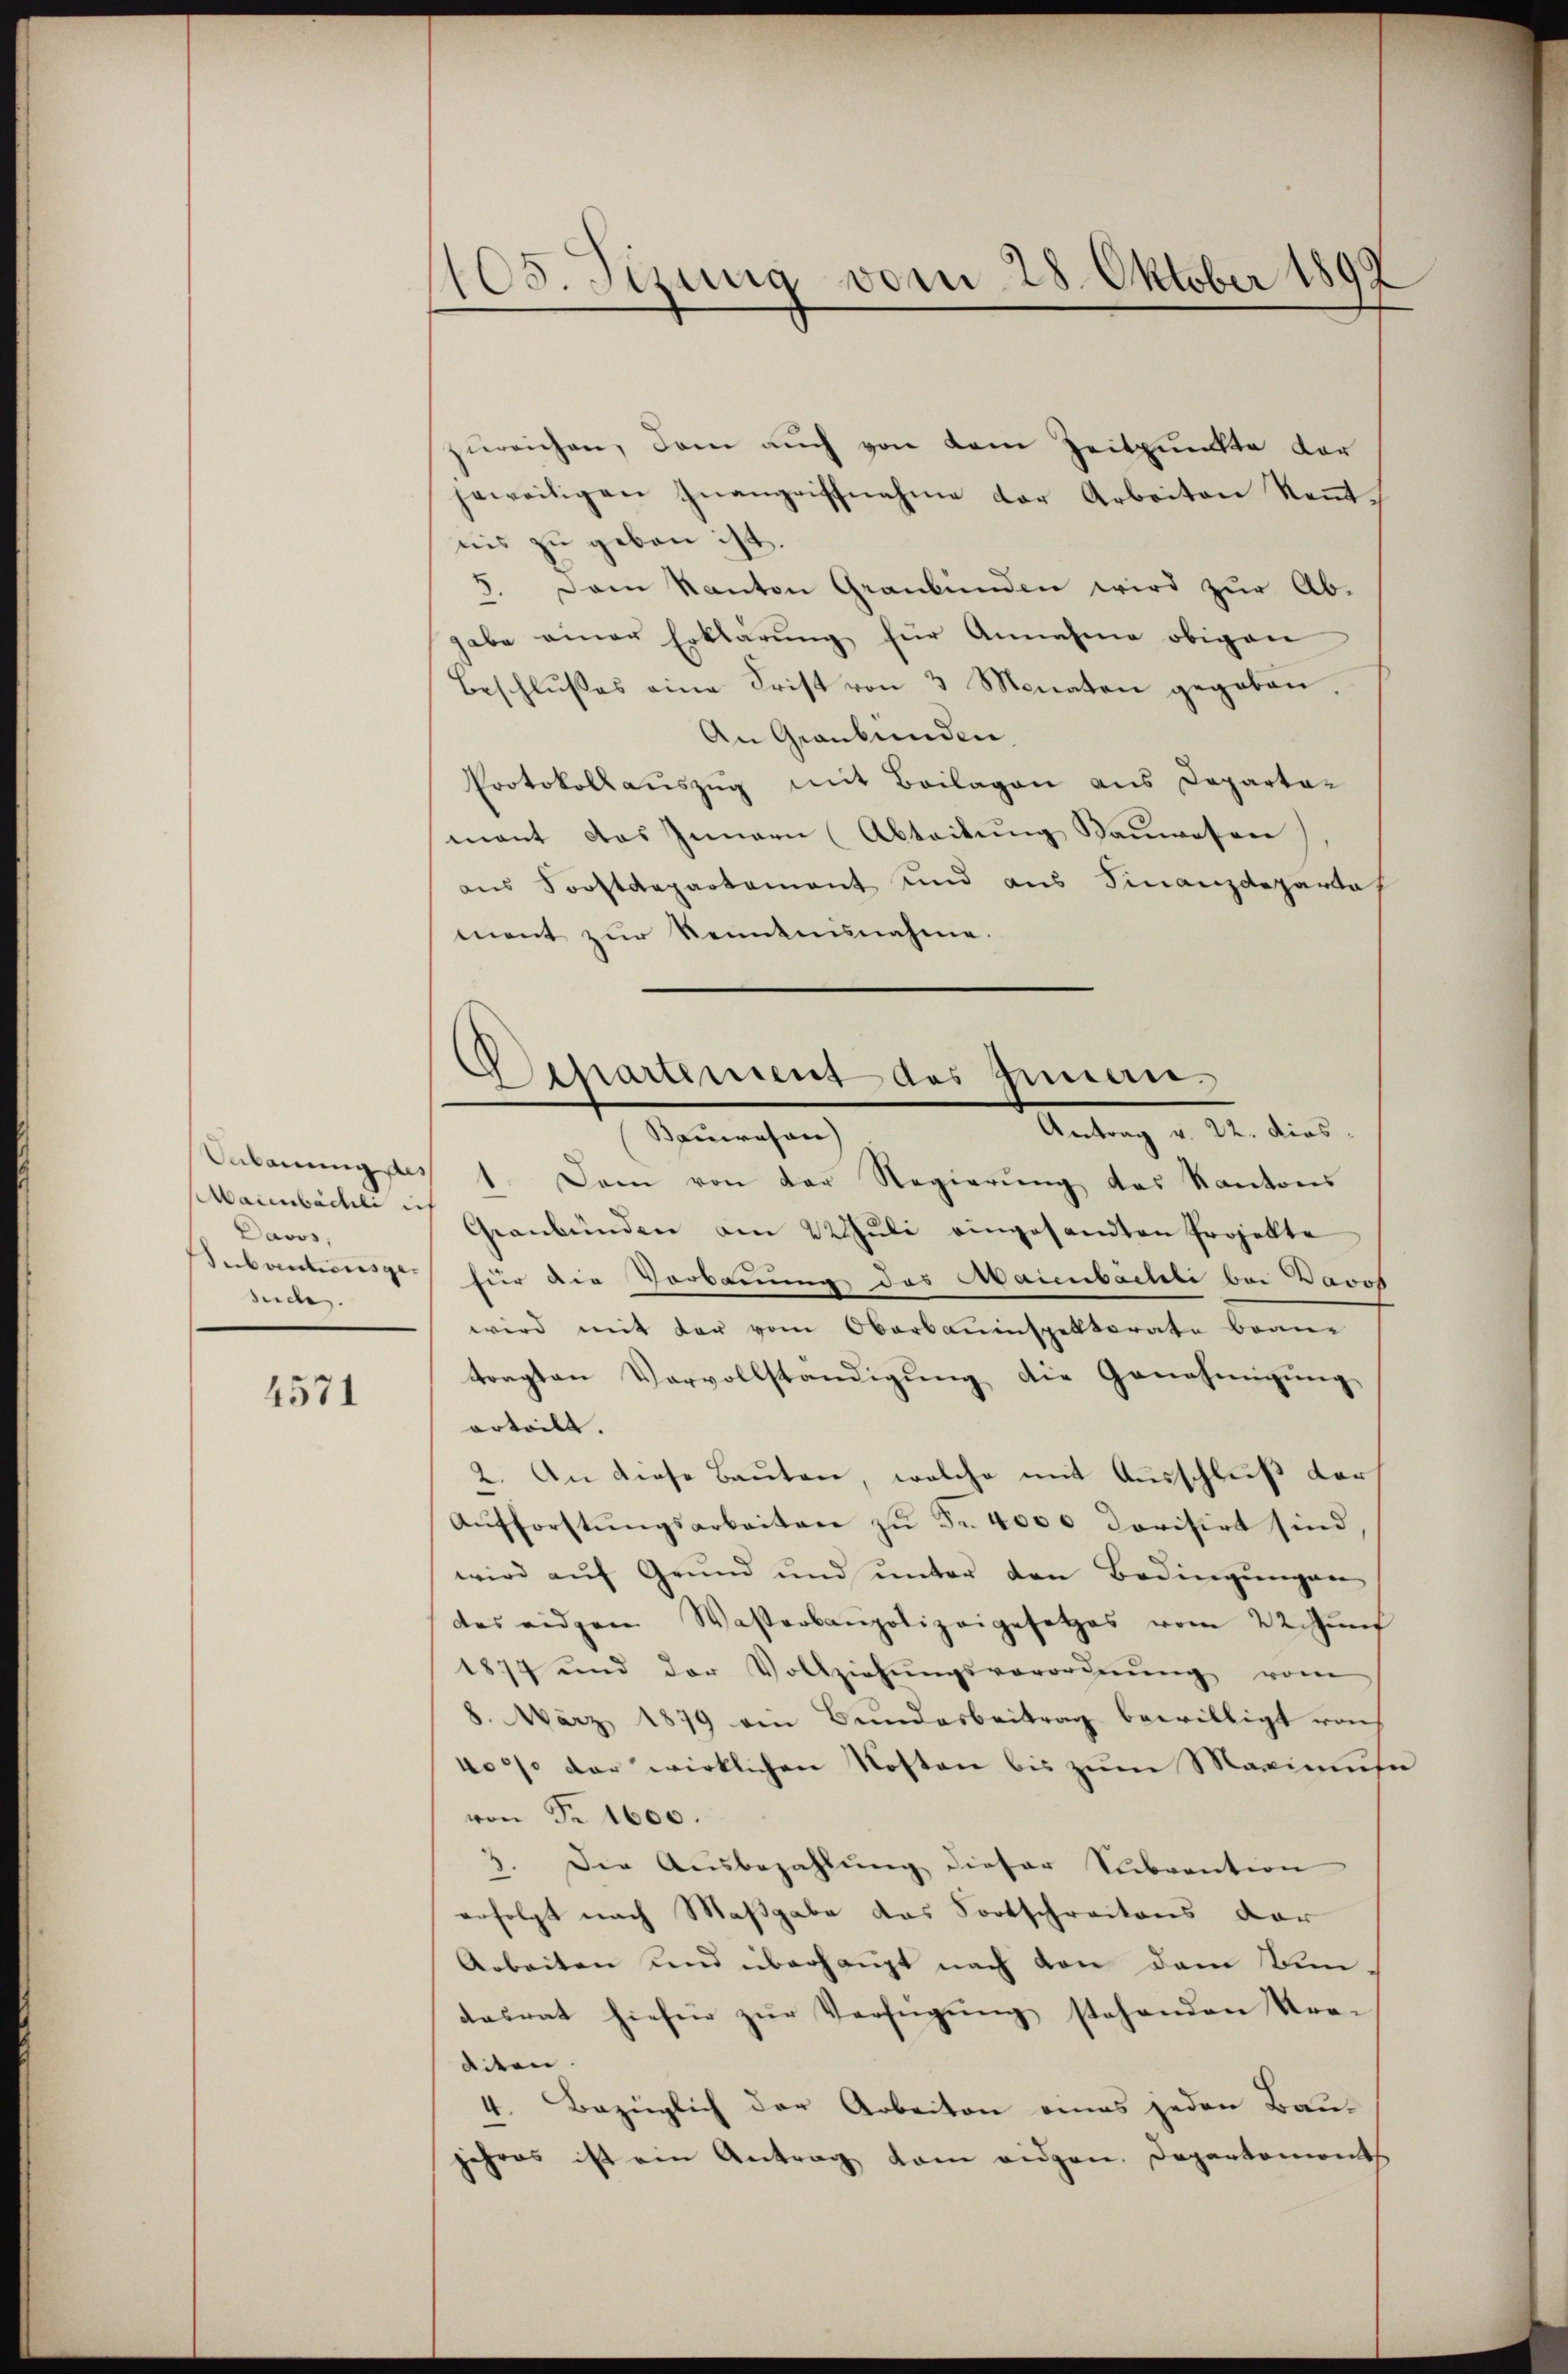
Maienbächli ich
Davos,
suche.

4571

1105. Sizung vom 28. Oktober 1892

zureichen, dem auch von dem Zeitpuncte der
jeweiligen Inangriffnahme der Arbeiten Kenntnis zu geben ist.
3. Dem Kanton Graubünden wird zur Ab-
gabe einer Erklärŭng für Annahme obigen
Beschlŭβes eine Frist von 3 Monaten gegeben.
An Graubünden.
Protokollauszug mit Beilagen aus Departamant das Innern (Abteilung Bauwesen
ans Forstdepartement und aus Finanzdeparta
ment zur Kenntnisnahme.
Onbarŭng des 1. Dem von der Regierŭng des Kantons
Geanbünden am 22. Jŭli eingesandten Projekte
Subantionsge. Für die Vorkannung des Maimbächli bei Davos
wird mit der vom Oberbauinspektorate bran
tragten Vervollständigŭng die Genehmigung
erteilt.
2. An diese Bauten, welche mit Ausschluß der
Aŭfforstŭngsarbeiten zŭ Fr. 4000 Dovisirt sind
wird aŭf Grŭnd und ŭnter den Bedingŭngen
des eidgen Wasserbaupolizeigesetzes vom 22. Jŭni
1874 und der Vollziehŭngsverordnŭng vom
8. März 1879 ein Bundesbeitrag bewilligt von
4o 5% der wirklichen Kosten bis zum Maximuse
von Fr. 1600.
d
3. Die Ausbezahlŭng dieser Subvention
erfolgt nach Maßgabe das Fortschreitens der
Arbeiten und überhaupt nach von dem Bundasrat hiefür zŭr Verfügŭng stehenden Kre-
eiten.
4. Bezüglich der Arbeiten eines jeden Bau-
jehres ist ein Antrag kam eidgen. Departementh

Departement des Genan¬
Antrag d. 22. dies
Sauwesen)